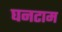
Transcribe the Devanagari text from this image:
घनटाम